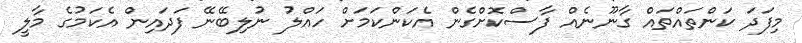
މިފަދަ ކަންތައްތައް ގާނޫނެއް ފާސްކޮށްގެން އެކަންކަމަށް ހައްލު ނުލިބޭނޭ ފަދައިން އެކަމުގެ މާލީ